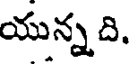
యున్న ది.